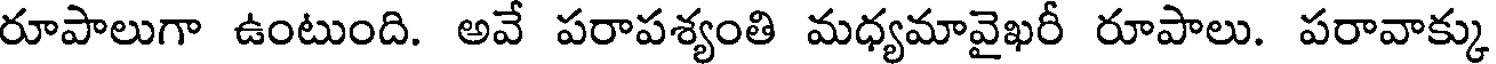
రూపాలుగా ఉంటుంది. అవే పరాపశ్యంతి మధ్యమావైఖరీ రూపాలు. పరావాక్కు